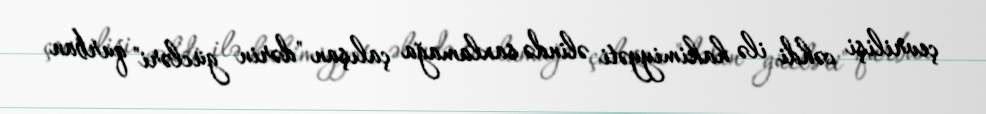
çevrilişi cəhdi ilə hakimiyyəti əlində saxlamağa çalışan "dərin gücləri" qurban